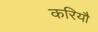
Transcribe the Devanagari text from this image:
करियौ